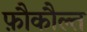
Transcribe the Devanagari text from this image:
फ़ौकौल्त